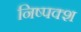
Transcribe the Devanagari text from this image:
निष्पक्श